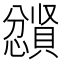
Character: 𪬼